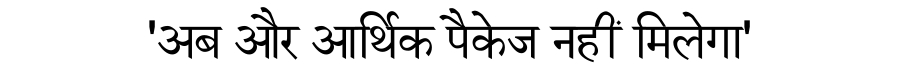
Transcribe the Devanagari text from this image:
'अब और आर्थिक पैकेज नहीं मिलेगा'